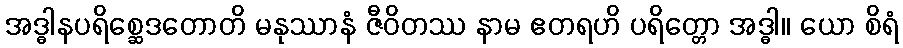
အဒ္ဓါနပရိစ္ဆေဒတောတိ မနုဿာနံ ဇီဝိတဿ နာမ ဧတရဟိ ပရိတ္တော အဒ္ဓါ။ ယော စိရံ